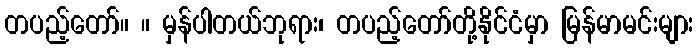
တပည့်တော်။ ။ မှန်ပါတယ်ဘုရား၊ တပည့်တော်တို့နိုင်ငံမှာ မြန်မာမင်းများ